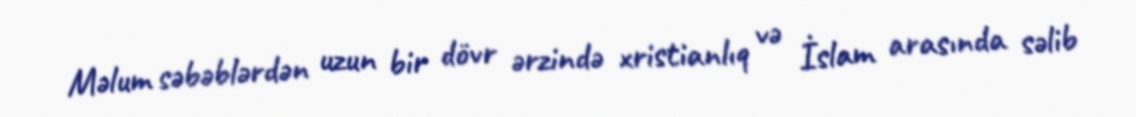
Məlum səbəblərdən uzun bir dövr ərzində xristianlıq və İslam arasında səlib